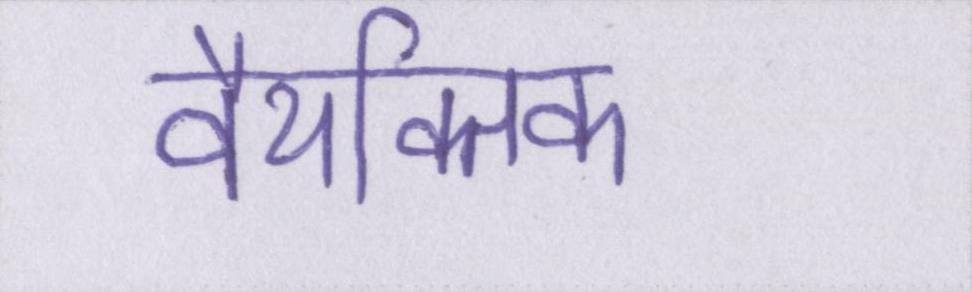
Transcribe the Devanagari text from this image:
वैयक्तिक